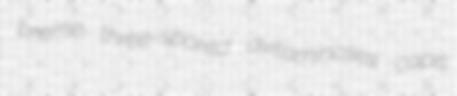
breme three-spored avitaminoses copis